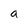
Character: a